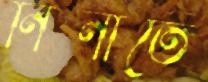
নিনাতে